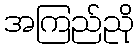
အကြည်ညို